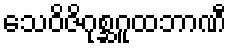
သေဝိဇိဂုစ္ဆဂူထဘာဏီ